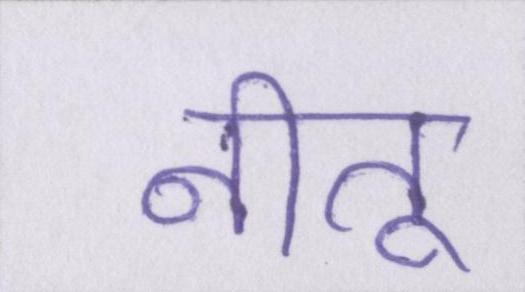
नीतू